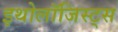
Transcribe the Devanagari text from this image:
इथोलॉजिस्ट्स